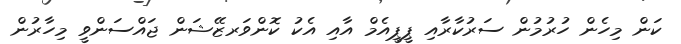
ކަން މިހެން ހުރުމުން ސަރުކާރާއި ޕީޕީއެމް އާއި އެކު ކޮންވަރޒޭޝަން ޖައްސަންވީ މިހާރުން